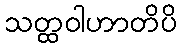
သတ္ထဝါဟာတိပိ